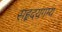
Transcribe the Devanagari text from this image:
सहृदयगम्य